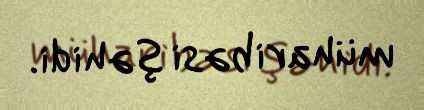
müharibəsi şəhidi.